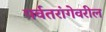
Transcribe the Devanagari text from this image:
पर्वतरांगेवरील